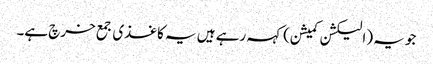
جو یہ (الیکشن کمیشن) کہہ رہے ہیں یہ کاغذی جمع خرچ ہے۔